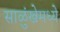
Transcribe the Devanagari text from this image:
साळुंखेमध्ये